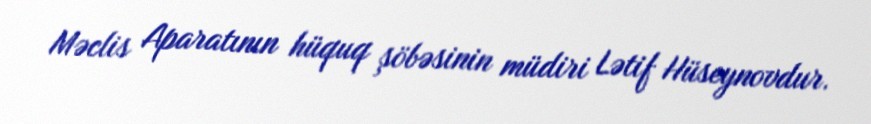
Məclis Aparatının hüquq şöbəsinin müdiri Lətif Hüseynovdur.